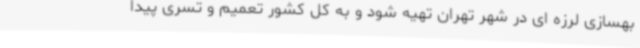
بهسازی لرزه ای در شهر تهران تهیه شود و به کل کشور تعمیم و تسری پیدا